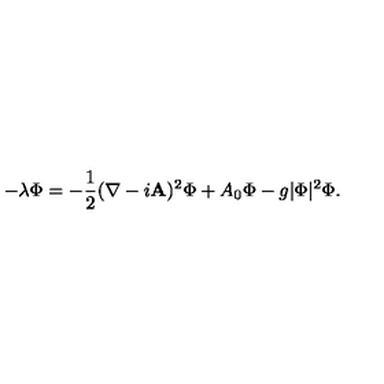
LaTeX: - \lambda \Phi = - { \frac { 1 } { 2 } } ( \nabla - i { \bf A } ) ^ { 2 } \Phi + A _ { 0 } \Phi - g | \Phi | ^ { 2 } \Phi .